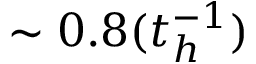
\sim 0 . 8 ( t _ { h } ^ { - 1 } )